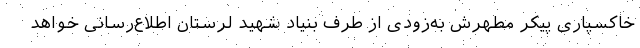
خاکسپاری پیکر مطهرش به‌زودی از طرف بنیاد شهید لرستان اطلاع‌رسانی خواهد